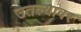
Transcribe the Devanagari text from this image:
उतल्यावर